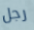
رجل